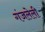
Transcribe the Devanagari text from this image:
गंजलेली